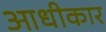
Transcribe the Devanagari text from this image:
आधीकार